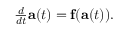
\begin{array} { r } { \frac { d } { d t } \mathbf { a } ( t ) = \mathbf { f } ( \mathbf { a } ( t ) ) . } \end{array}